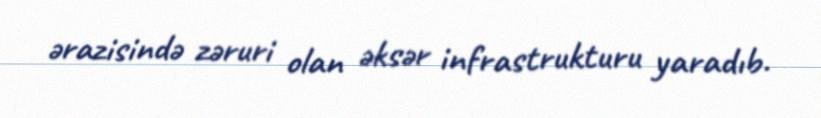
ərazisində zəruri olan əksər infrastrukturu yaradıb.